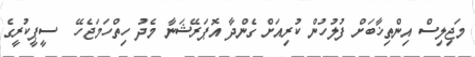
މަޖިލިސް އިންތިޚާބަށް ފުލުހުން ކުރިއަށް ގެންދާ އޮޕަރޭޝަނާ މެދު ހިތްހަމަޖެހޭ  ސީޕީކުރީގެ